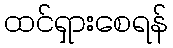
ထင်ရှားစေရန်